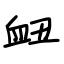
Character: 衄